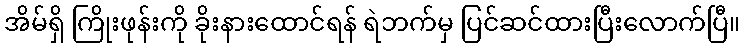
အိမ်ရှိ ကြိုးဖုန်းကို ခိုးနားထောင်ရန် ရဲဘက်မှ ပြင်ဆင်ထားပြီးလောက်ပြီ။